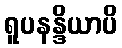
ရူပနန္ဒိယာပိ